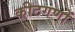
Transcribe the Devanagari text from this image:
कीटगणों